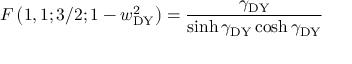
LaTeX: F \left( 1 , 1 ; 3 / 2 ; 1 - w _ { \mathrm { D Y } } ^ { 2 } \right) = \frac { \gamma _ { \mathrm { D Y } } } { \sinh \gamma _ { \mathrm { D Y } } \cosh \gamma _ { \mathrm { D Y } } }